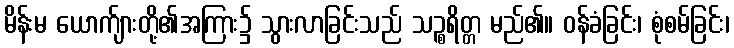
မိန်းမ ယောက်ျားတို့၏အကြား၌ သွားလာခြင်းသည် သဉ္စရိတ္တ မည်၏။ ဝန်ခံခြင်း၊ စုံစမ်ခြင်း၊